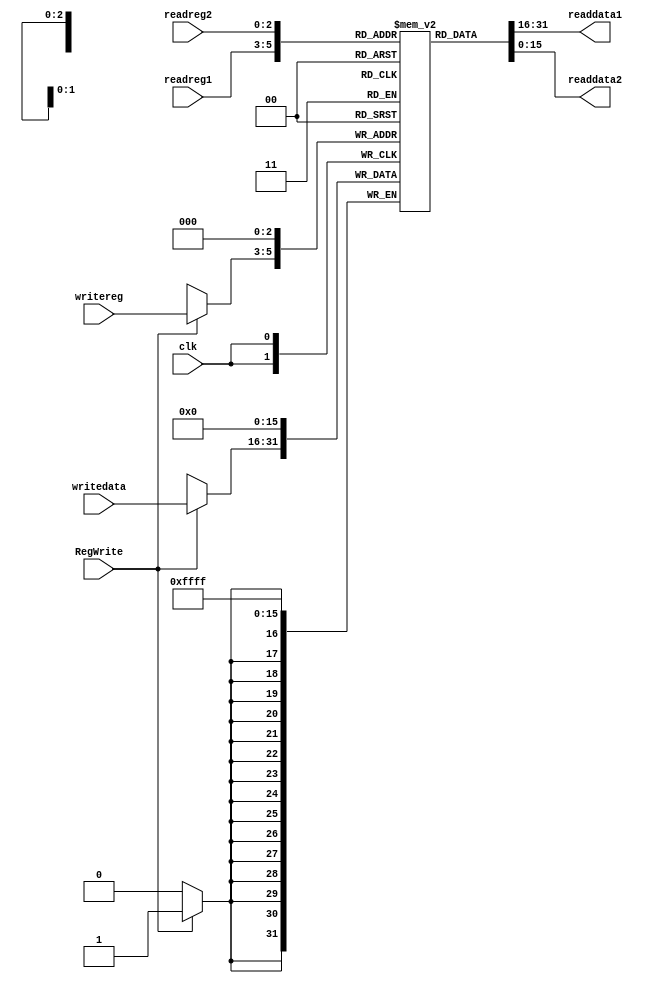
module RegFile (clk, readreg1, readreg2, writereg, writedata, RegWrite, readdata1, readdata2);
	input [2:0] readreg1, readreg2, writereg;
	input [15:0] writedata;
	input clk, RegWrite;
	output [15:0] readdata1, readdata2;

	reg [15:0] regfile [7:0];

	initial begin: regfile_initializer

		integer i;
		for(i = 0; i < 8; i = i+1) begin
			regfile[i] = 16'd0;
		end
	end
	generate
		genvar idx;
		for(idx = 0; idx < 8; idx = idx+1) begin: register
			wire [15:0] GPRegister;
			assign GPRegister = regfile[idx];
		end
	endgenerate

	always @(posedge clk)
	begin
		regfile[0]=0;
		if (RegWrite)
			regfile[writereg] <= writedata;
	end
	assign readdata1 = regfile[readreg1];
	assign readdata2 = regfile[readreg2];
endmodule

/*
module testbench;
reg clk,rw;              // rw=RegWrite 
reg [2:0] rr1, rr2, wr;   // rr1=readreg1, rr2=readreg2, wr=writereg 
reg [15:0] wd;  // wd=writedata 
wire [15:0] rd1, rd2; // rd1=readdata1, rd2=readdata2 

RegFile u0(clk, rr1, rr2, wr, wd, rw, rd1, rd2);

initial begin
$monitor("read %b and %b  resulted in: %b and %b", rr1, rr2, rd1, rd2); 
clk=1'b0;

#5
wr=3'd1;
rr1=3'd0;
rr2=3'd0;
wd=16'd10;
rw = 1'b1;
clk = 1'b1; #2 clk=1'b0;

#5
rw = 1'b0;
rr1=3'd1;
rr2=3'd0;
clk = 1'b1; #2 clk=1'b0;
	end

endmodule

*/